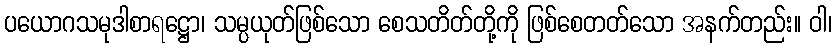
ပယောဂသမုဒါစာရဋ္ဌော၊ သမ္ပယုတ်ဖြစ်သော စေသတိတ်တို့ကို ဖြစ်စေတတ်သော အနက်တည်း။ ဝါ၊